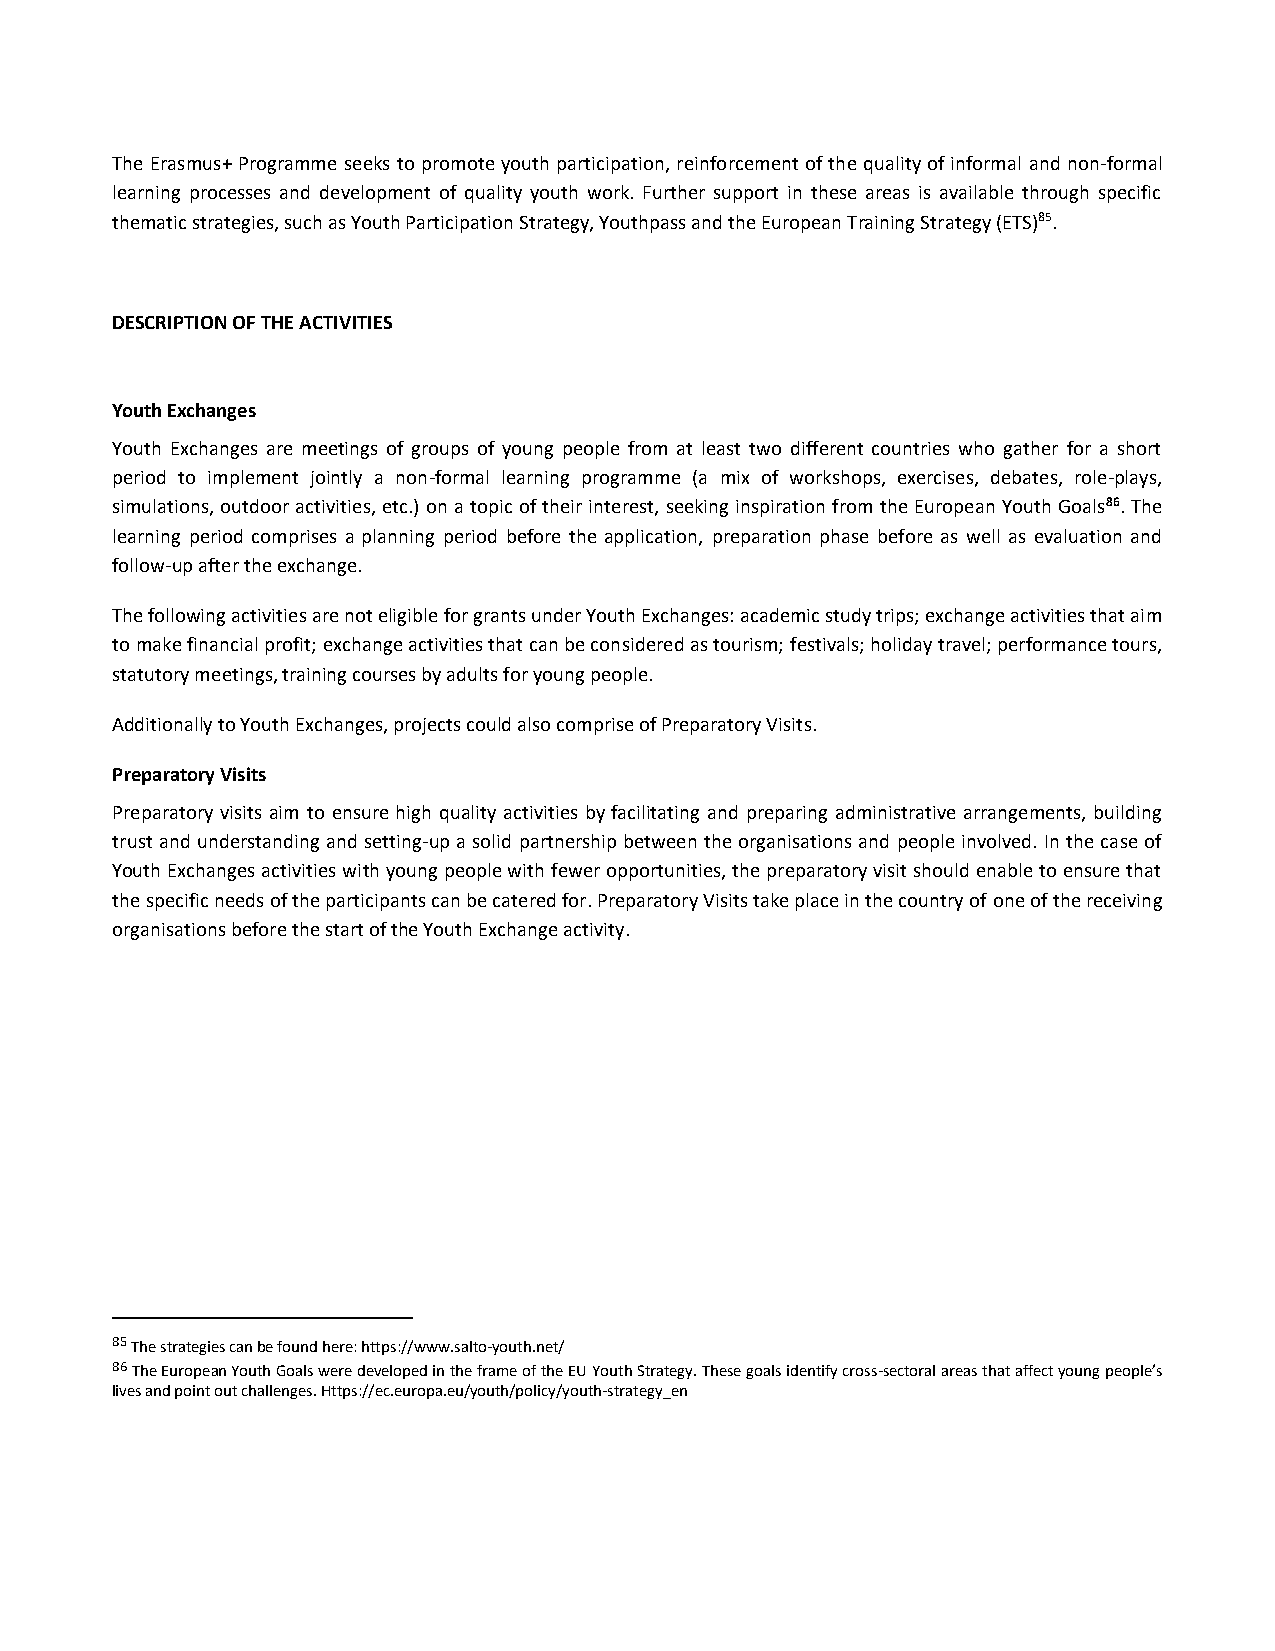
The Erasmus+ Programme seeks to promote youth participation, reinforcement of the quality of informal and non-formal
 learning processes and development of quality youth work. Further support in these areas is available through specific
 thematic strategies, such as Youth Participation Strategy, Youthpass and the European Training Strategy (ETS)85.
 DESCRIPTION OF THE ACTIVITIES
 Youth Exchanges
 Youth Exchanges are meetings of groups of young people from at least two different countries who gather for a short
 period to implement jointly a non-formal learning programme (a mix of workshops, exercises, debates, role-plays,
 simulations, outdoor activities, etc.) on a topic of their interest, seeking inspiration from the European Youth Goals86. The
 learning period comprises a planning period before the application, preparation phase before as well as evaluation and
 follow-up after the exchange.
 The following activities are not eligible for grants under Youth Exchanges: academic study trips; exchange activities that aim
 to make financial profit; exchange activities that can be considered as tourism; festivals; holiday travel; performance tours,
 statutory meetings, training courses by adults for young people.
 Additionally to Youth Exchanges, projects could also comprise of Preparatory Visits.
 Preparatory Visits
 Preparatory visits aim to ensure high quality activities by facilitating and preparing administrative arrangements, building
 trust and understanding and setting-up a solid partnership between the organisations and people involved. In the case of
 Youth Exchanges activities with young people with fewer opportunities, the preparatory visit should enable to ensure that
 the specific needs of the participants can be catered for. Preparatory Visits take place in the country of one of the receiving
 organisations before the start of the Youth Exchange activity.
 85 The strategies can be found here: https://www.salto-youth.net/
 86 The European Youth Goals were developed in the frame of the EU Youth Strategy. These goals identify cross-sectoral areas that affect young people’s
 lives and point out challenges. Https://ec.europa.eu/youth/policy/youth-strategy_en